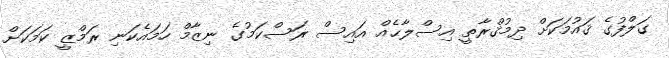
ގަލްފުގެ ޤައުމަކަށް ދިމުޤްރާތީ އިސްލާޙެއް އައިސް ރަސްކަމުގެ ނިޒާމް ހަމައެކަނި ރަމްޒީ ކަމަކަށް